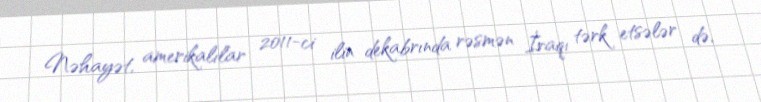
Nəhayət, amerikalılar 2011-ci ilin dekabrında rəsmən İraqı tərk etsələr də,